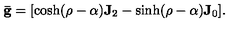
\mathbf { \bar { g } } = [ \cosh ( \rho - \alpha ) \mathbf { J } _ { 2 } - \sinh ( \rho - \alpha ) \mathbf { J } _ { 0 } ] .